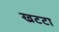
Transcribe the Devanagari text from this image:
खटटा